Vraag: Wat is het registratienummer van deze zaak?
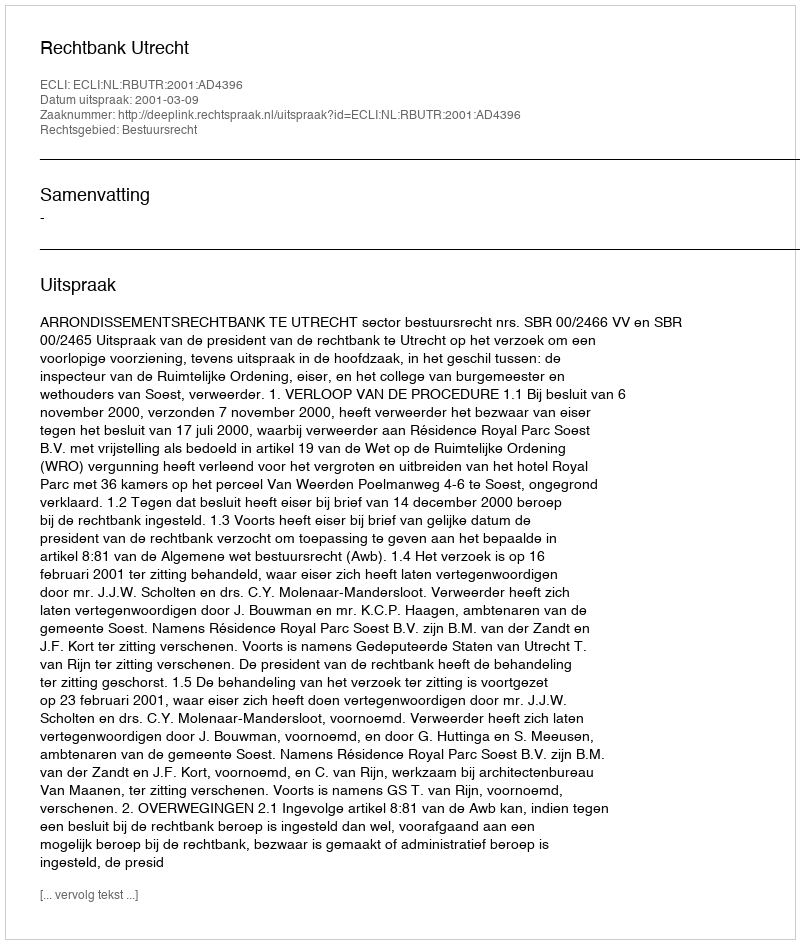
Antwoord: http://deeplink.rechtspraak.nl/uitspraak?id=ECLI:NL:RBUTR:2001:AD4396